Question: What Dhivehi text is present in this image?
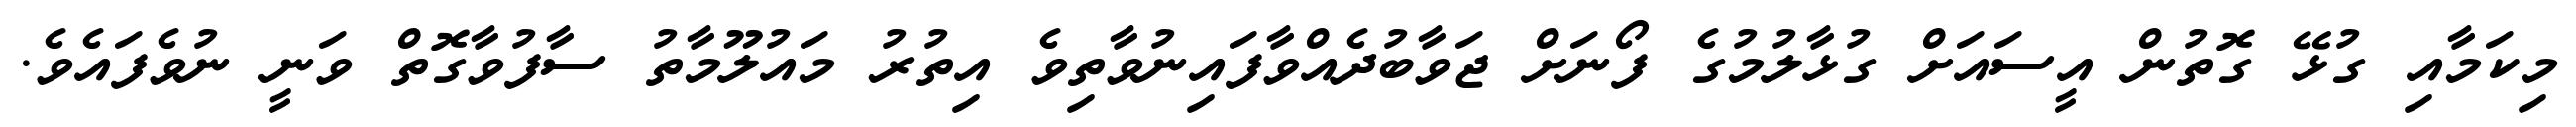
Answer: މިކަމާއި ގުޅޭ ގޮތުން އީސައަށް ގުޅާލުމުގެ ފޯނަށް ޖަވާބުދެއްވާފައިނުވާތިވެ އިތުރު މައުލޫމާތު ސާފުވާގޮތް ވަނީ ނުވެފައެވެ.